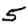
Digit: 5